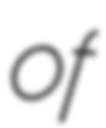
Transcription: of